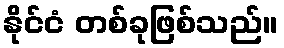
နိုင်ငံ တစ်ခုဖြစ်သည်။